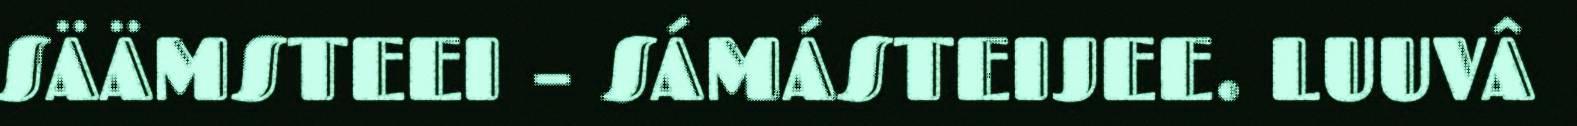
SÄÄMSTEEI – SÁMÁSTEIJEE. LUUVÂ